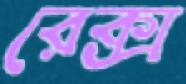
রেক্স